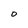
Character: 0